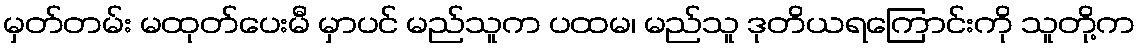
မှတ်တမ်း မထုတ်ပေးမီ မှာပင် မည်သူက ပထမ၊ မည်သူ ဒုတိယရကြောင်းကို သူတို့က